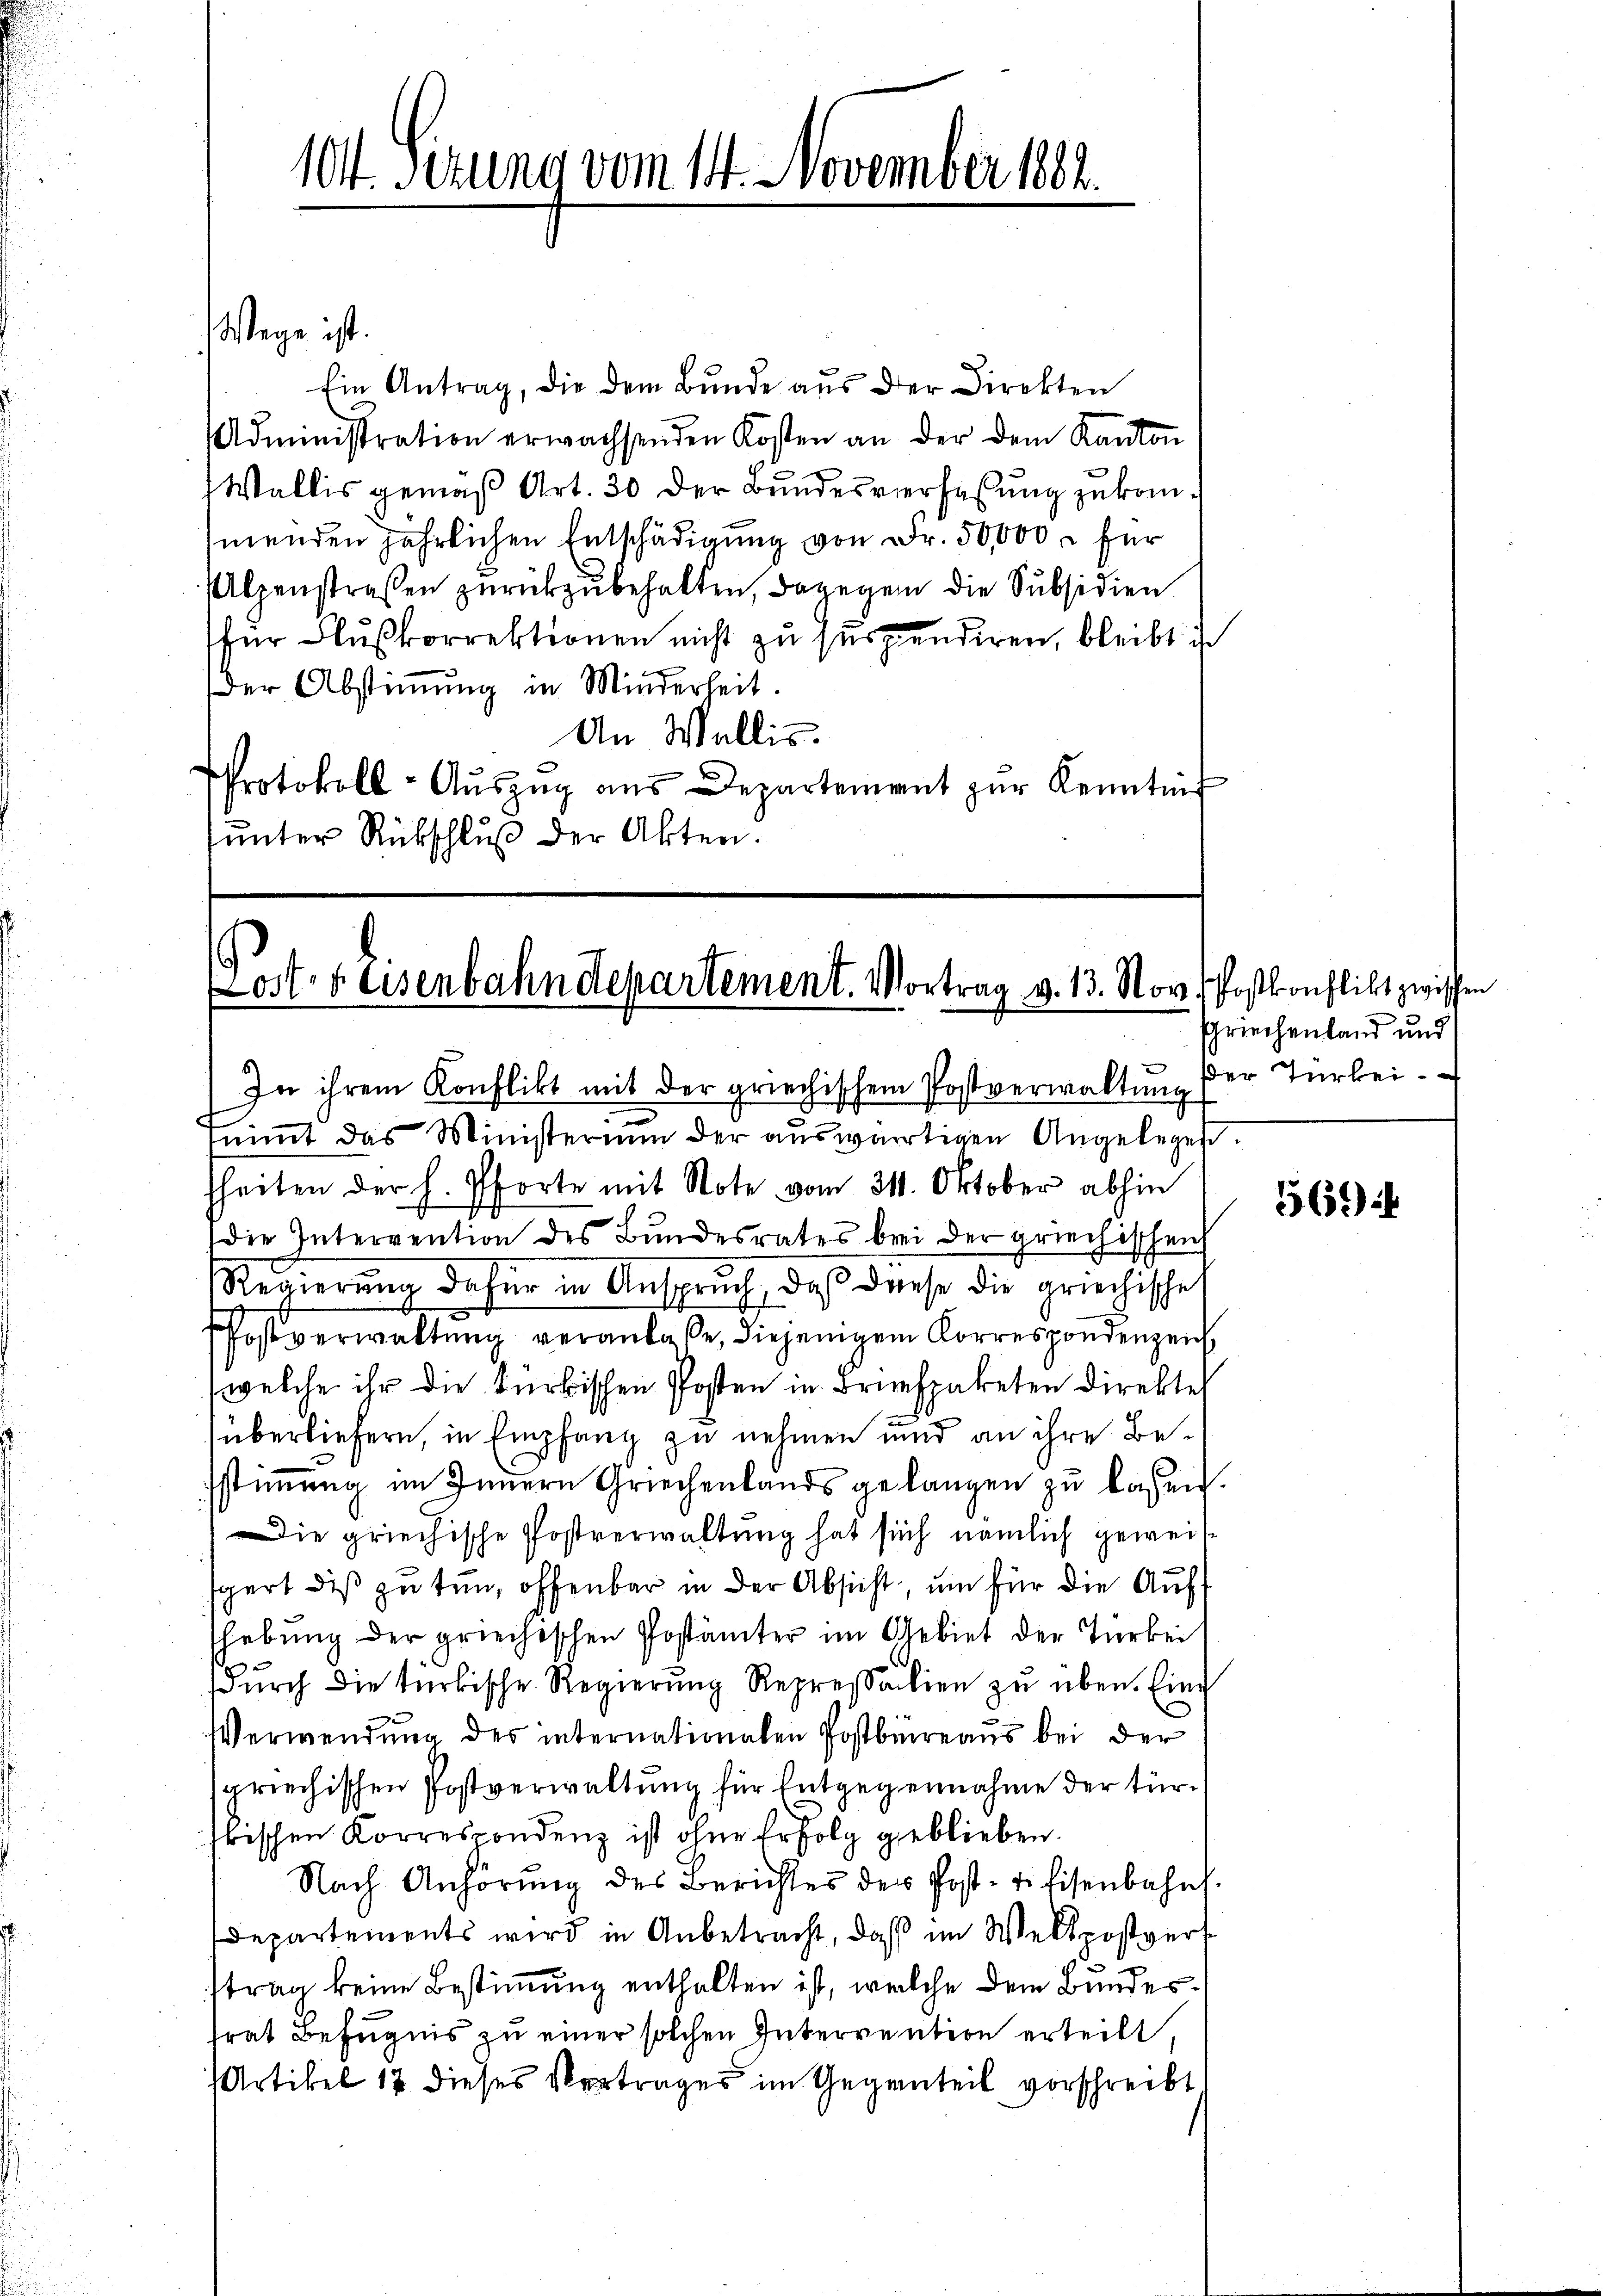
Ein Antrag, die dem Bunde aus der Direkten
Administration erwachsenden Kosten an der dem Kanton
Wallis gemäß Art. 30 der Bundesverfaßung zukommenden jährlichen Entschädigung von Fr. 50,000 r für
Alpenstraßen zurückzubehalten, dagegen die Subsidien
für Flußkorrektionen nicht zu suspendiren, bleibt ist
Der Abstimmung in Minderheit.
An Wallis.
Protokoll-Aŭszŭg ans Departement zŭr Kenntniß
ŭnter Rückschluß der Akten.

Wege ist.

104. Sitzung vom 14. November 1882.

osts Eisenbahndepartement. Vortrag v. 13. Nov. Postkonflikt zwischen
In ihrem Konflikt mit der griechischem Postverwaltung der Türkei

nimmt das Ministerium der auswärtigen Angelegen.
fheiten der h. Pforte mit Note vom 311. Oktober abhin
die Intervention des Bundesrates bei der griechischen
Regierung dafür in Anspruch, daß diese die griechische
Postverwaltung veranlaße, diejenigem Korrespondenzen
(welche ihr die Fürbischen Posten in Briefpaketen Direkten
überliefern, in Empfang zu nehmen und an ihre Besstimmung im Innern Griechenlands gelangen zu lassen.
Die griechische Postverwaltung hat sich nämlich geweisspert dis zu tun, offenbar in der Absicht, um für die Aufhebŭng der griechischen Postämter im Gebiet der Türkei
dŭrch die türkische Regierŭng Repressalien zŭ üben. Eing
Verwendung des internationalen Postbüreaus bei der
griechischen Postverwaltung für Entgegennahme der türbischen Korrespondenz ist ohne Erfolg geblieben.
Nach Anhörŭng des Berichtes des Post- & Eisenbahns
Departements wird in Anbetracht, daß im Weltpostvers
ftrag keine Bestimmung enthalten ist, welche dem Bundesfrat Befugnis zu einer solchen Intervention erteilt,
Artikel 17 dieses Vertrages im Gegenteil vorschreibt

schriechenland und

56